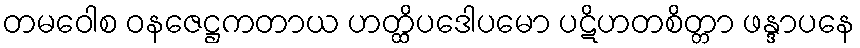
တမဝေါစ ဝနဇေဋ္ဌကတာယ ဟတ္ထိပဒေါပမော ပဋိဟတစိတ္တာ ဖန္ဒာပနေ